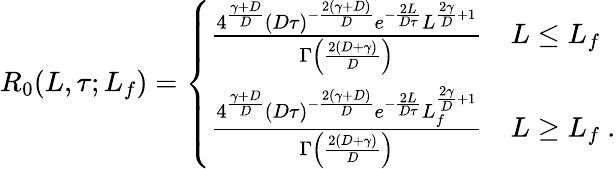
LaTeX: \begin{array}{r}{R_{0}(L,\tau;L_{f})=\left\{ \begin{array}{ll}{\frac{4^{\frac{\gamma+D}{D}}(D\tau)^{-\frac{2(\gamma+D)}{D}}e^{-\frac{2L}{D\tau}}L^{\frac{2\gamma}{D}+1}}{\Gamma\left(\frac{2(D+\gamma)}{D}\right)}}&{L\le L_{f}}\\ {\frac{4^{\frac{\gamma+D}{D}}(D\tau)^{-\frac{2(\gamma+D)}{D}}e^{-\frac{2L}{D\tau}}L_{f}^{\frac{2\gamma}{D}+1}}{\Gamma\left(\frac{2(D+\gamma)}{D}\right)}}&{L\ge L_{f}\ .}\end{array}\right.}\end{array}